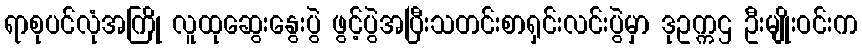
ရာစုပင်လုံအကြို လူထုဆွေးနွေးပွဲ ဖွင့်ပွဲအပြီးသတင်းစာရှင်းလင်းပွဲမှာ ဒုဥက္ကဌ ဦးမျိုးဝင်းက